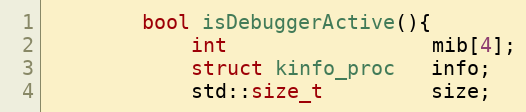
Language: C++
        bool isDebuggerActive(){
            int                 mib[4];
            struct kinfo_proc   info;
            std::size_t         size;